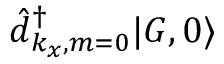
\hat { d } _ { k _ { x } , m = 0 } ^ { \dagger } | G , 0 \rangle